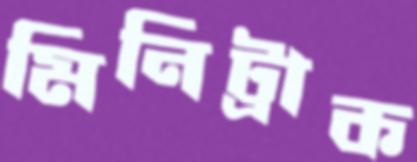
মিনিট্রাক